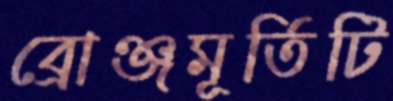
ব্রোঞ্জমূর্তিটি